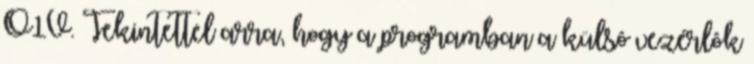
O1V. Tekintettel arra, hogy a programban a külsô vezérlôk